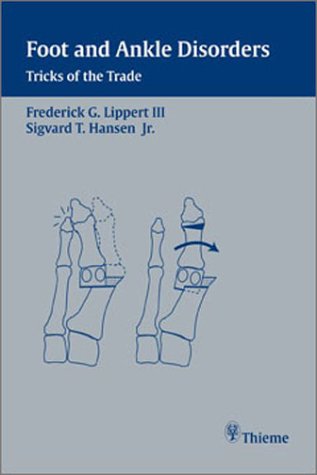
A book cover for Foot and Ankle Disorders: Tricks of the Trade; Frederick G. Lippert; Medical Books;